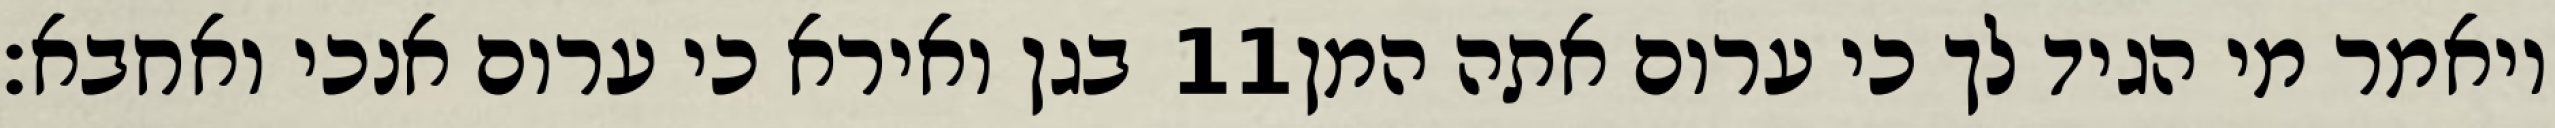
בגן ואירא כי ערום אנכי ואחבא׃ ‎11‏ ויאמר מי הגיד לך כי ערום אתה המן